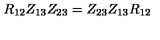
R _ { 1 2 } Z _ { 1 3 } Z _ { 2 3 } = Z _ { 2 3 } Z _ { 1 3 } R _ { 1 2 }